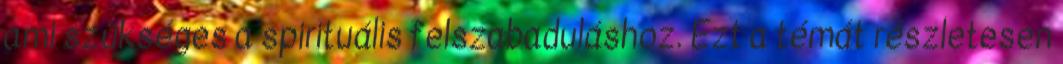
ami szükséges a spirituális felszabaduláshoz. Ezt a témát részletesen